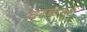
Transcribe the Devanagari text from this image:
चरकांई